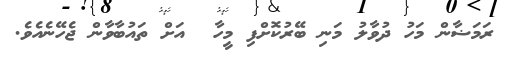
ރަމަޟާން މަހު ދުވާލު މަނި ބޭރުކޮށްފި މީހާ  އަށް ތައުބާވާން ޖެހޭނެއެވެ.